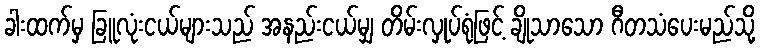
ခါးထက်မှ ခြူလုံးငယ်များသည် အနည်းငယ်မျှ တိမ်းလှုပ်ရုံဖြင့် ချိုသာသော ဂီတသံပေးမည်သို့